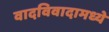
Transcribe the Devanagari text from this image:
वादविवादामध्ये